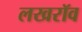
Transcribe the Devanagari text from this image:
लखरॉव